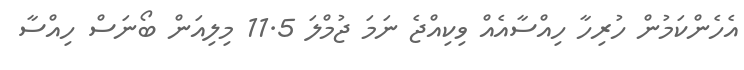
އެހެންކަމުން ހުރިހާ ހިއްސާއެއް ވިކިއްޖެ ނަމަ ޖުމްލަ 11.5 މިލިއަން ބޯނަސް ހިއްސާ